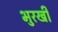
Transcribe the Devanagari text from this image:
भुरखी